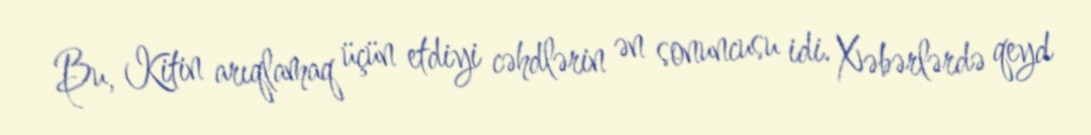
Bu, Kitin arıqlamaq üçün etdiyi cəhdlərin ən sonuncusu idi. Xəbərlərdə qeyd